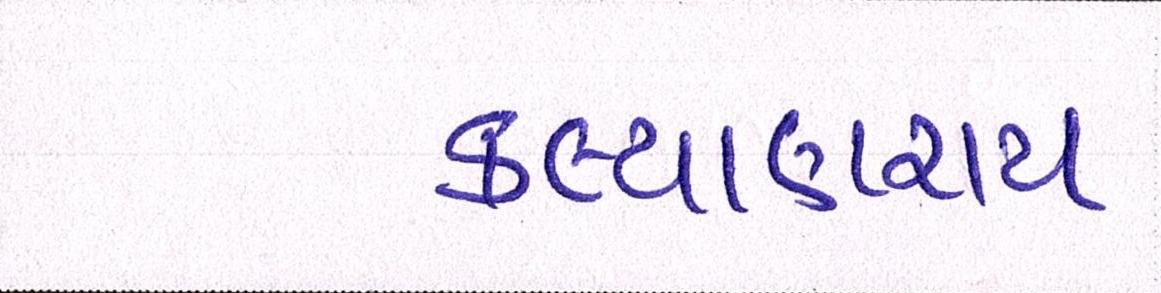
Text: કલ્યાણરાય